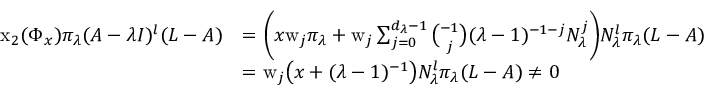
\begin{array} { r l } { \mathrm { x } _ { 2 } ( \Phi _ { x } ) \pi _ { \lambda } ( A - \lambda I ) ^ { l } ( L - A ) } & { = \bigg ( x \mathrm { w } _ { j } \pi _ { \lambda } + \mathrm { w } _ { j } \sum _ { j = 0 } ^ { d _ { \lambda } - 1 } { \binom { - 1 } { j } } ( \lambda - 1 ) ^ { - 1 - j } N _ { \lambda } ^ { j } \bigg ) N _ { \lambda } ^ { l } \pi _ { \lambda } ( L - A ) } \\ & { = \mathrm { w } _ { j } \big ( x + ( \lambda - 1 ) ^ { - 1 } \big ) N _ { \lambda } ^ { l } \pi _ { \lambda } ( L - A ) \neq 0 } \end{array}